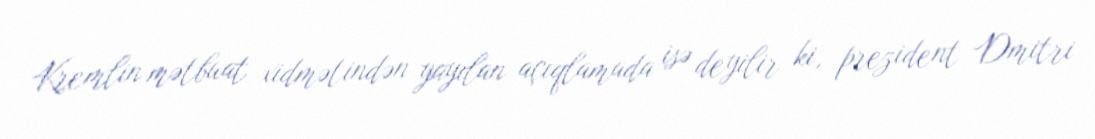
Kremlin mətbuat xidmətindən yayılan açıqlamada isə deyilir ki, prezident Dmitri